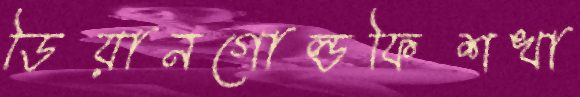
ডিয়ানগোল্ডফিশখা